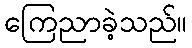
ကြေညာခဲ့သည်။